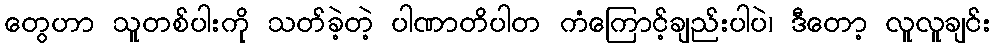
တွေဟာ သူတစ်ပါးကို သတ်ခဲ့တဲ့ ပါဏာတိပါတ ကံကြောင့်ချည်းပါပဲ၊ ဒီတော့ လူလူချင်း